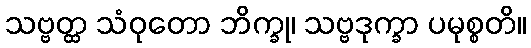
သဗ္ဗတ္ထ သံဝုတော ဘိက္ခု၊ သဗ္ဗဒုက္ခာ ပမုစ္စတိ။